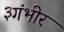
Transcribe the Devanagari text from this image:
३गंभीर